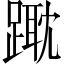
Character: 𨄁